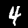
Label: 4